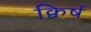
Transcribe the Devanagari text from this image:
क्विर्ष